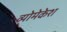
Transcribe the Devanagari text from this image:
व्योमेकेश